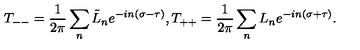
T _ { -- } = \frac { 1 } { 2 \pi } \sum _ { n } \tilde { L } _ { n } e ^ { - i n ( \sigma - \tau ) } , T _ { + + } = \frac { 1 } { 2 \pi } \sum _ { n } L _ { n } e ^ { - i n ( \sigma + \tau ) } .